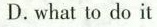
D.what to do it